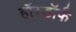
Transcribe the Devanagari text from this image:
हॉस्डॉर्फ